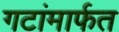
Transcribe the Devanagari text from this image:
गटांमार्फत